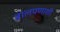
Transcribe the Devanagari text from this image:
बालपणाशी